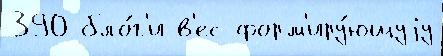
390 бло́г'и в'ес форм'иру́ющуjу